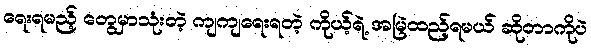
ရေးရမည့် တွေမှာသုံးတဲ့ ကျကျရေးရတဲ့ ကိုယ့်ရဲ့ အမြဲထည့်ရမယ် ဆိုတာကိုပဲ